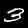
Label: 3